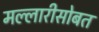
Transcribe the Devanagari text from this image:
मल्लारीसोबत